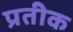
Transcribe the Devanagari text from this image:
प्रतीक